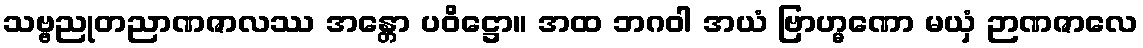
သဗ္ဗညုတညာဏဇာလဿ အန္တော ပဝိဋ္ဌော။ အထ ဘဂဝါ အယံ ဗြာဟ္မဏော မယှံ ဉာဏဇာလေ